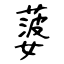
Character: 蔢